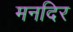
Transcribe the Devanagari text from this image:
मनदिर